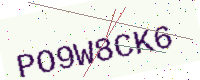
Text: PO9W8CK6